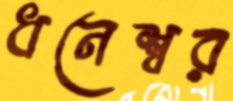
ধনেশ্বর